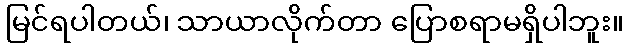
မြင်ရပါတယ်၊ သာယာလိုက်တာ ပြောစရာမရှိပါဘူး။